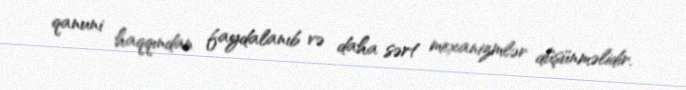
qanuni haqqından faydalanıb və daha sərt mexanizmlər düşünməlidir.